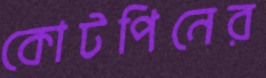
কোটপিনের